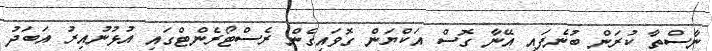
ނާސްތާ ކުރަން ބުނެފައި އޭނާ ގޮސް އަކްޔަން ގޮވައިގެން ރެސްޓޯރެންޓްގައި އުޅުނުއިރު އަބަދު